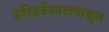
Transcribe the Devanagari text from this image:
हरिहरेश्वरापासून